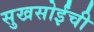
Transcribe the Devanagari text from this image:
सुखसोईंची